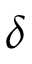
\delta